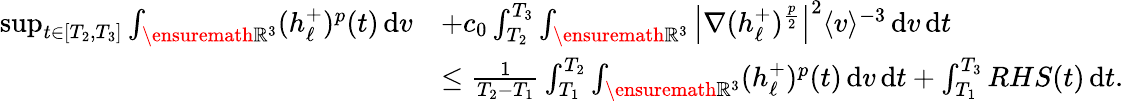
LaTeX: \begin{array}{rl}{\operatorname*{sup}_{t\in[T_{2},T_{3}]}\int_{\ensuremath{{\mathbb R}}^{3}}(h_{\ell}^{+})^{p}(t)\, \mathrm{d}v}&{+c_{0}\int_{T_{2}}^{T_{3}}\int_{\ensuremath{{\mathbb R}}^{3}}\left\vert\nabla(h_{\ell}^{+})^{\frac{p}{2}}\right\vert^{2}\langle v\rangle^{-3}\, \mathrm{d}v\, \mathrm{d}t}\\ &{\le\frac{1}{T_{2}-T_{1}}\int_{T_{1}}^{T_{2}}\int_{\ensuremath{{\mathbb R}}^{3}}(h_{\ell}^{+})^{p}(t)\, \mathrm{d}v\, \mathrm{d}t+\int_{T_{1}}^{T_{3}}RHS(t)\, \mathrm{d}t.}\end{array}